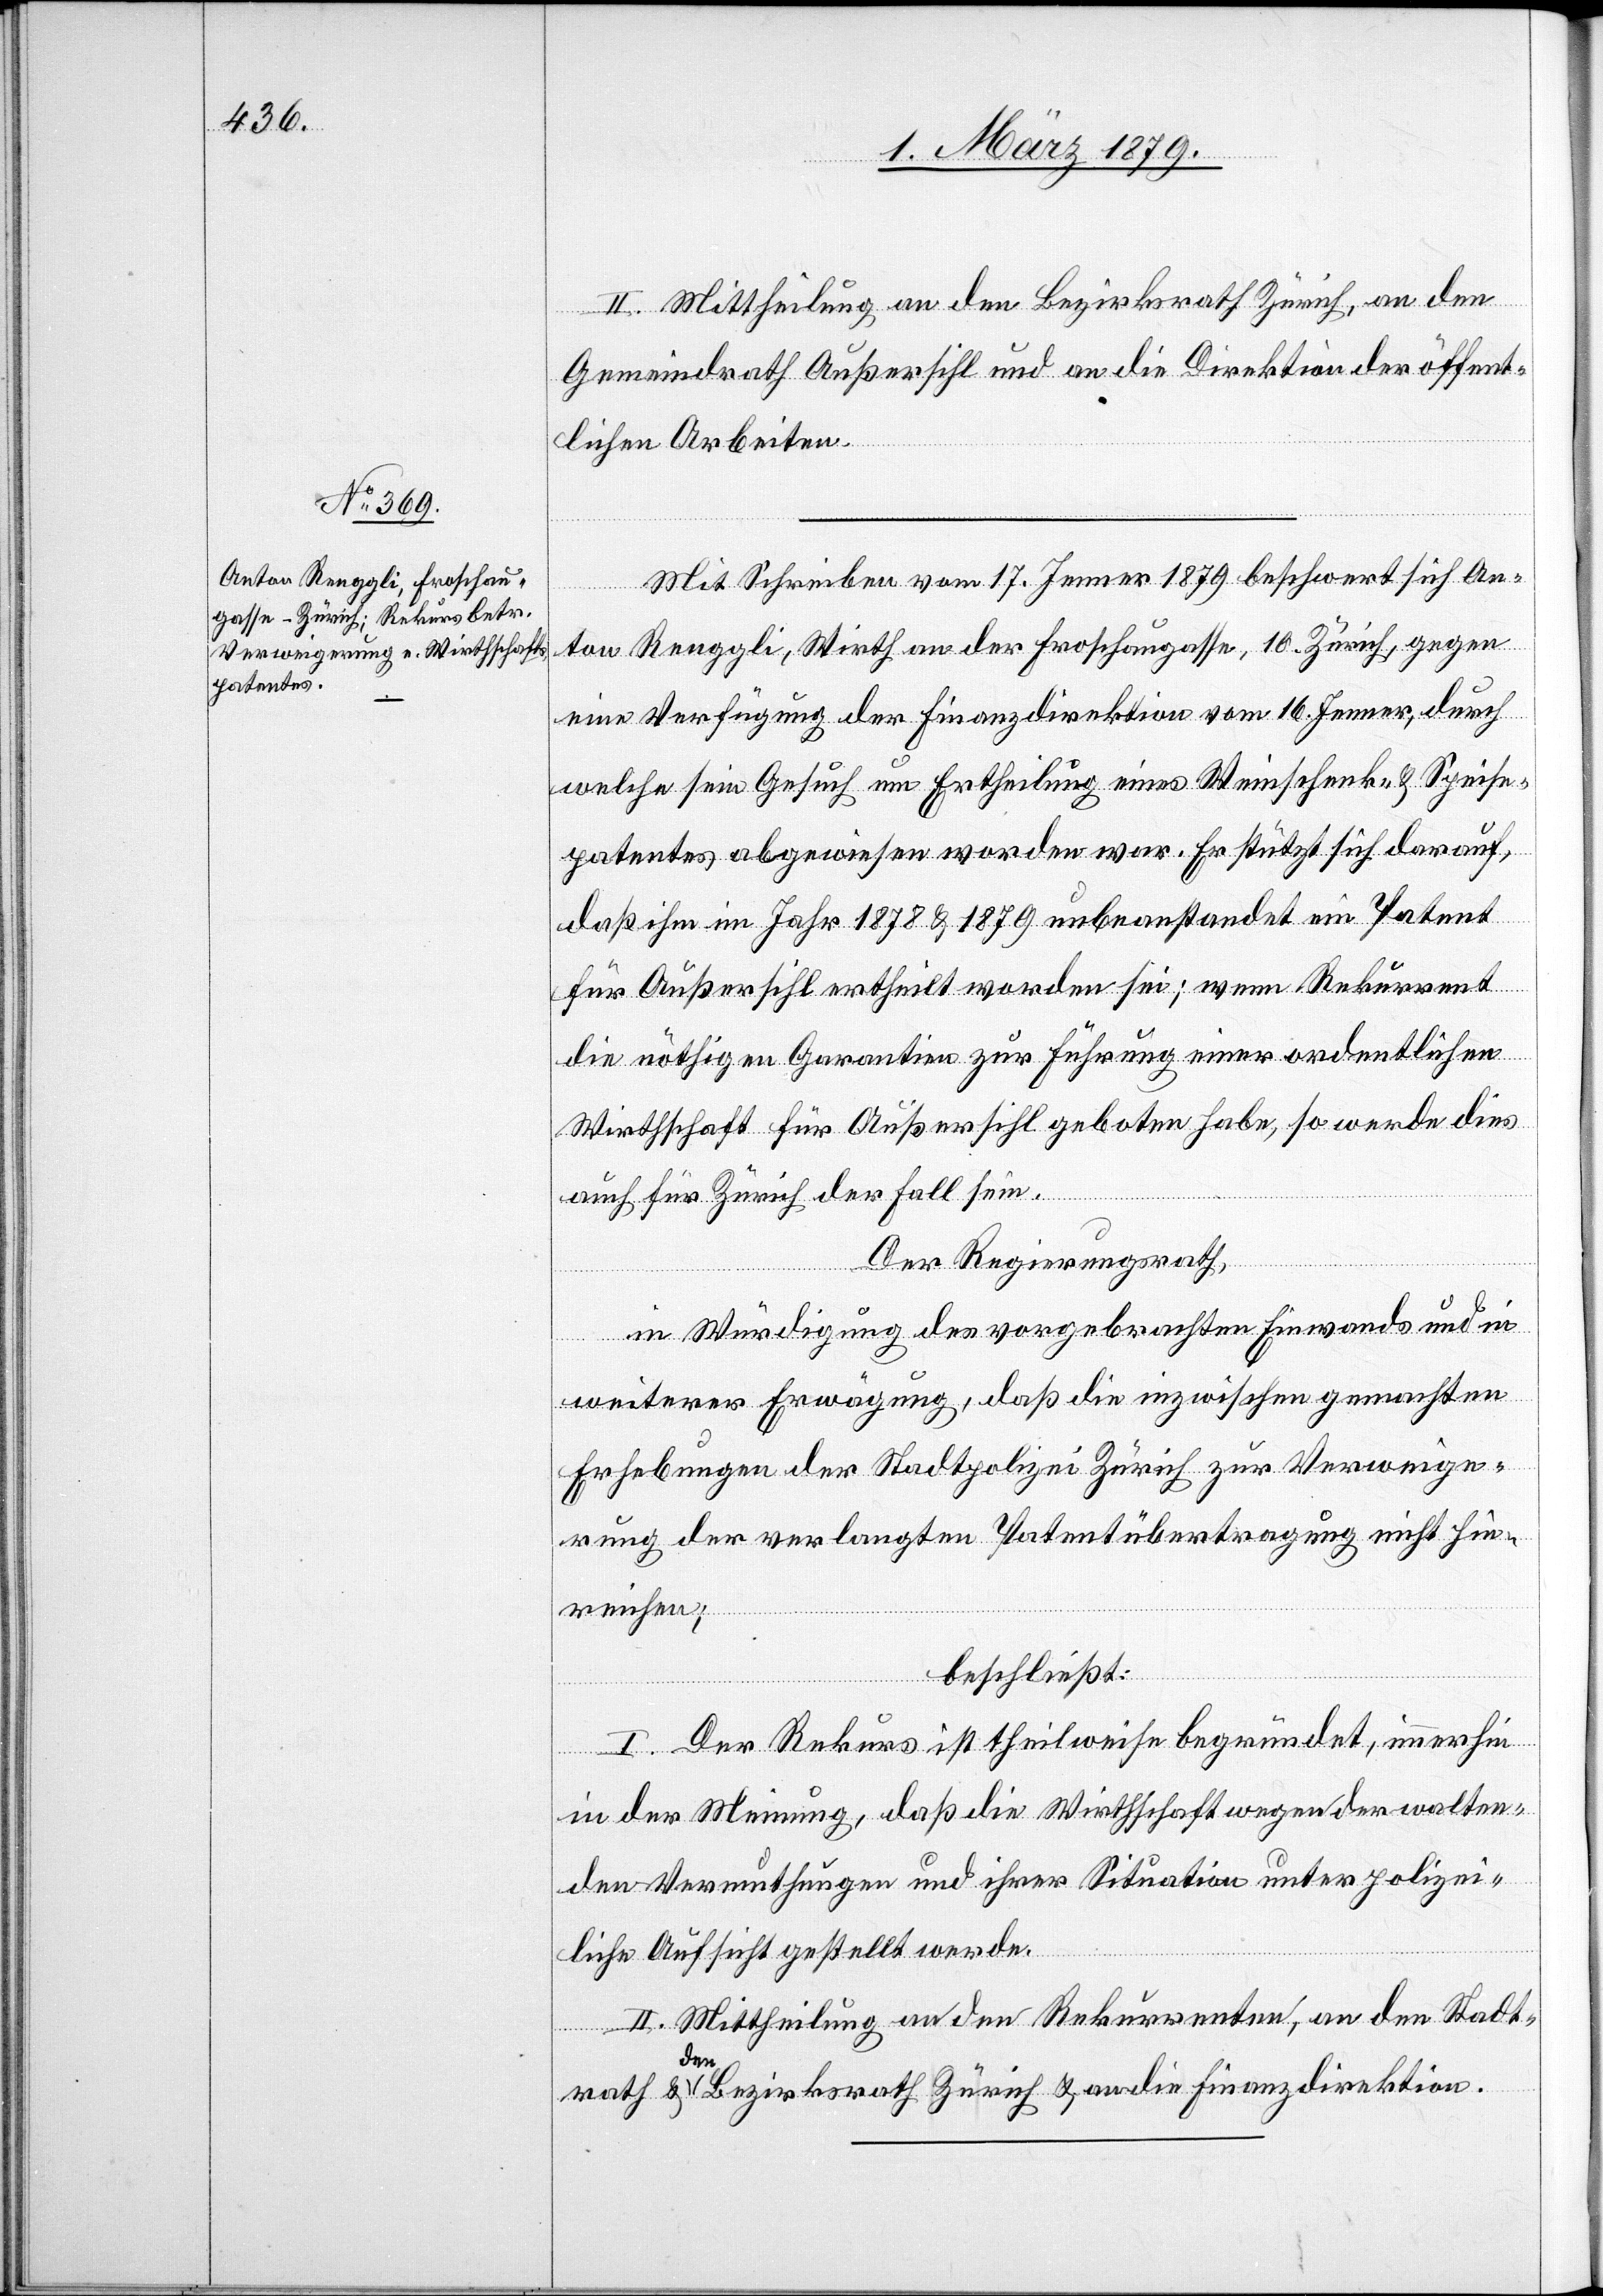
II. Mittheilung an den Bezirksrath Zürich, an den
Gemeindrath Außersihl und an die Direktion der öffent¬
lichen Arbeiten.
Mit Schreiben vom 17. Jenner 1879 beschwert sich An¬
ton Renggli, Wirth an der Froschaugasse, 10. Zürich, gegen
eine Verfügung der Finanzdirektion vom 16. Jenner, durch
welche sein Gesuch um Ertheilung eines Weinschenk- & Speise¬
patentes abgewiesen worden war. Er stützt sich darauf,
daß ihm im Jahr 1878 & 1879 unbeanstandet ein Patent
für Außersihl ertheilt worden sei; wenn Rekurrent
die nöthigen Garantien zur Führung einer ordentlichen
Wirthschaft für Außersihl geboten habe, so werde dies
auch für Zürich der Fall sein.
Der Regierungsrath,
in Würdigung des vorgebrachten Einwands und in
weiterer Erwägung, daß die inzwischen gemachten
Erhebungen der Stadtpolizei Zürich zur Verweige¬
rung der verlangten Patentübertragung nicht hin¬
reichen;
beschließt:
I. Der Rekurs ist theilweise begründet, immerhin
in der Meinung, daß die Wirthschaft wegen der walten¬
den Vermuthungen und ihrer Situation unter polizei¬
liche Aufsicht gestellt werde.
II. Mittheilung an den Rekurrenten, an den Stadt¬
rath & den Bezirksrath Zürich & an die Finanzdirektion.